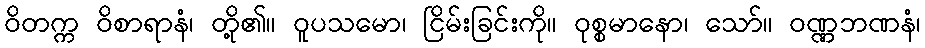
ဝိတက္က ဝိစာရာနံ၊ တို့၏။ ဝူပသမော၊ ငြိမ်းခြင်းကို။ ဝုစ္စမာနော၊ သော်။ ဝဏ္ဏဘဏနံ၊